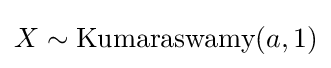
X\sim {\textrm {Kumaraswamy}}(a,1)